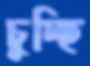
চুচ্ছি